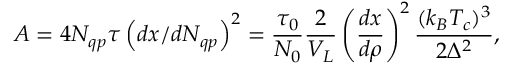
A = 4 N _ { q p } \tau \left( d x / d N _ { q p } \right) ^ { 2 } = \frac { \tau _ { 0 } } { N _ { 0 } } \frac { 2 } { V _ { L } } \left( \frac { d x } { d \rho } \right) ^ { 2 } \frac { ( k _ { B } T _ { c } ) ^ { 3 } } { 2 \Delta ^ { 2 } } ,